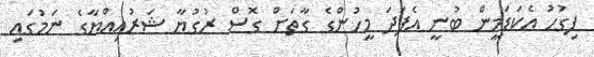
ފިގުހު އެކަޑަމީން ބުނީ އެފަދަ މީހުންގެ ގާތަށް ގޮސް ރުގުޔާ ޝަރުއިއްޔާގެ ނަމުގައި